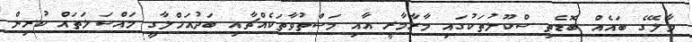
މާލޭގެ ބައެއް ބޮޑެތި ސްކޫލުތަކުގައި މާރާމާރީ އާއި މަސްތުވާތަކެއްޗާއި ބަދުއަހްލާގީ މައްސަލަތައް ކުރިން